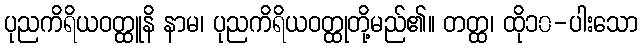
ပုညကိရိယဝတ္ထူနိ နာမ၊ ပုညကိရိယဝတ္ထုတို့မည်၏။ တတ္ထ၊ ထို၁၀-ပါးသော